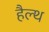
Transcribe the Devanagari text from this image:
हैल्‍थ